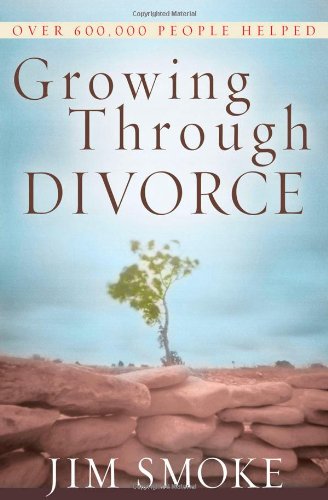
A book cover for Growing Through Divorce; Jim Smoke; Parenting & Relationships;